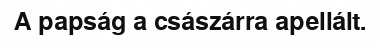
A papság a császárra apellált.